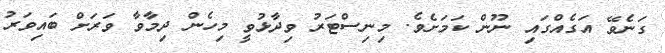
ގަނެވޭ އަގެއްގައި ނޫން ކަމަށެވެ. މިނިސްޓަރު ވިދާޅުވީ މިހެން ދިމާވާ ވަރަށް ބައިވަރު